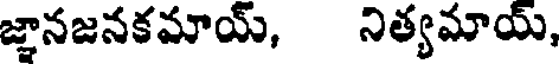
జ్ఞానజనకమాయ్, నిత్యమాయ్,